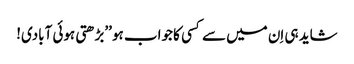
شاید ہی اِن میں سے کسی کا جواب ہو ’’بڑھتی ہوئی آبادی!